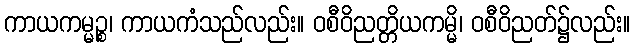
ကာယကမ္မဉ္စ၊ ကာယကံသည်လည်း။ ဝစီဝိညတ္တိယကမ္မိ၊ ဝစီဝိညတ်၌လည်း။